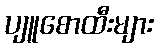
ပျူစောထီးများ